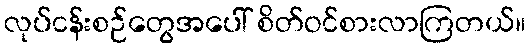
လုပ်ငန်းစဉ်တွေအပေါ် စိတ်ဝင်စားလာကြတယ်။